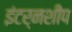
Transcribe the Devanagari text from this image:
इंटर्नशीप